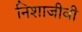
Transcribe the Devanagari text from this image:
निशाजीवी